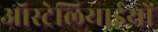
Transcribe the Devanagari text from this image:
ऑस्ट्रेलियाईयों